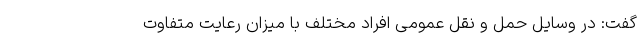
گفت: در وسایل حمل و نقل عمومی افراد مختلف با میزان رعایت‌ متفاوت